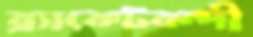
ব্র্যাকেটবন্দী